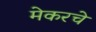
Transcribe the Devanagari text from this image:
मेकरचे